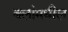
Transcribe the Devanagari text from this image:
बलांमधील